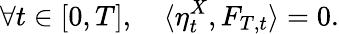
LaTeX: \forall t\in[0,T],\quad\langle\eta_{t}^{X},F_{T,t}\rangle=0.